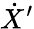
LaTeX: {\dot{X}}^{\prime}